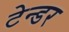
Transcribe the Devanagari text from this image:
टेन्‍डर